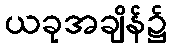
ယခုအချိန်၌